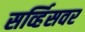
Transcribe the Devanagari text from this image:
सर्व्हिसवर